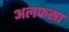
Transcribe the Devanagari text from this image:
अलफसा